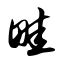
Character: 畦